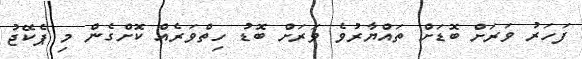
ފަހަރު ވަރަށް ބޮޑަށް ތައްޔާރުވެ ވަރަށް ބޮޑު ހިތްވަރެއް ކޮށްގެން މި ޕެކޭޖު